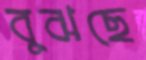
বুঝছে